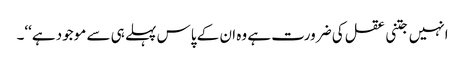
انہیں جتنی عقل کی ضرورت ہے وہ ان کے پاس پہلے ہی سے موجود ہے‘‘۔